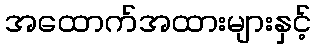
အထောက်အထားများနှင့်